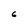
Character: 6